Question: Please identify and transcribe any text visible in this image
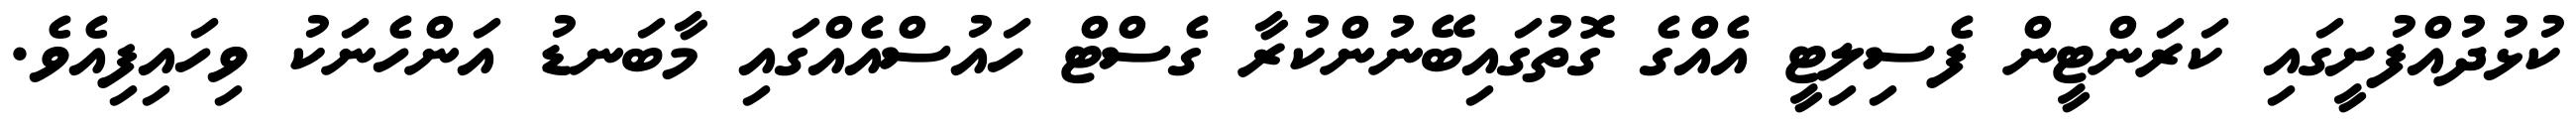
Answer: ކުޅުދުއްފުށީގައި ކަރަންޓީން ފެސިލިޓީ އެއްގެ ގޮތުގައިބޭނުންކުރާ ގެސްޓް ހައުސްއެއްގައި މާބަނޑު އަންހެނަކު ވިހައިފިއެވެ.